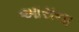
આરાના